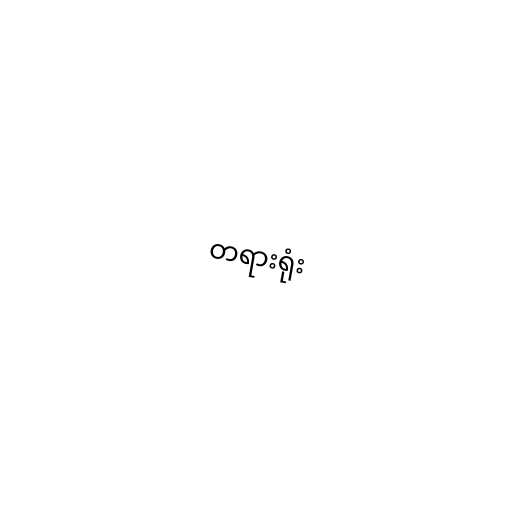
တရားရုံး